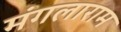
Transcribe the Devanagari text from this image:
मंगलाराम